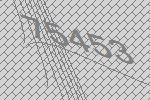
75453